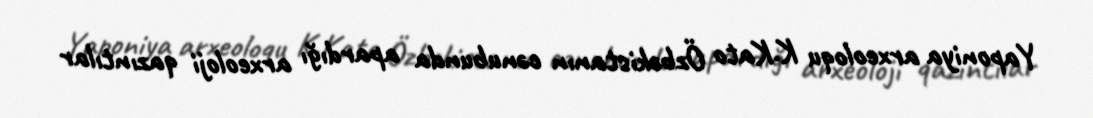
Yaponiya arxeoloqu K.Kato Özbəkistanın cənubunda apardığı arxeoloji qazıntılar